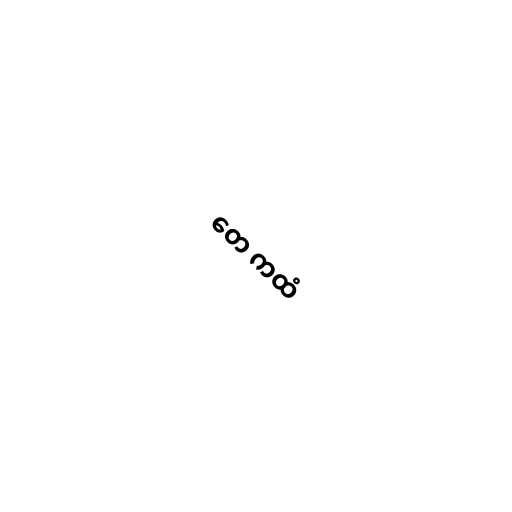
တေ ကထံ